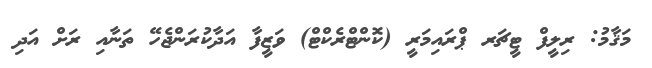
މަޤާމު: ރިލީފް ޓީޗަރ ޕްރައިމަރީ (ކޮންޓްރެކްޓް) ވަޒީފާ އަދާކުރަންޖެހޭ ތަނާއި ރަށް އަދި